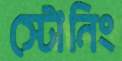
স্টোনিং